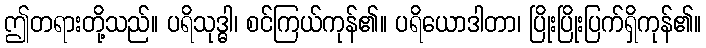
ဤတရားတို့သည်။ ပရိသုဒ္ဓါ၊ စင်ကြယ်ကုန်၏။ ပရိယောဒါတာ၊ ပြိုးပြိုးပြက်ရှိကုန်၏။